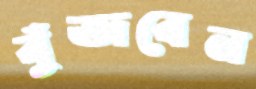
বুঁজবেন